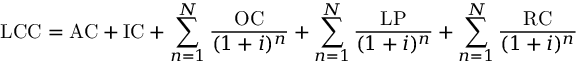
{ \mathrm { L C C } } = { \mathrm { A C } } + { \mathrm { I C } } + \sum _ { n = 1 } ^ { N } { \frac { \mathrm { O C } } { ( 1 + i ) ^ { n } } } + \sum _ { n = 1 } ^ { N } { \frac { \mathrm { L P } } { ( 1 + i ) ^ { n } } } + \sum _ { n = 1 } ^ { N } { \frac { \mathrm { R C } } { ( 1 + i ) ^ { n } } }